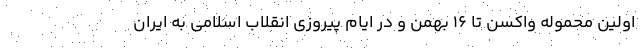
اولین محموله واکسن تا ۱۶ بهمن و در ایام پیروزی انقلاب اسلامی به ایران